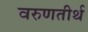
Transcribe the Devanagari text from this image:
वरुणतीर्थ